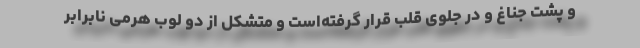
و پشت جناغ و در جلوی قلب قرار گرفته‌است و متشکل از دو لوب هرمی نابرابر